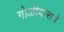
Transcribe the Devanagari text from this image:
गोळीबाराचे